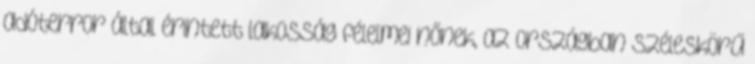
adóterror által érintett lakosság félelmei nőnek, az országban széleskörű